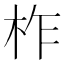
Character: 柞